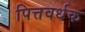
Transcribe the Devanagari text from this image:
पित्तवर्धक